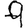
Digit: 9